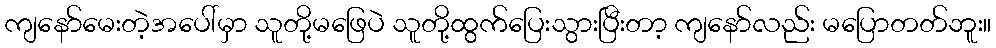
ကျနော်မေးတဲ့အပေါ်မှာ သူတို့မဖြေပဲ သူတို့ထွက်ပြေးသွားပြီးတာ့ ကျနော်လည်း မပြောတတ်ဘူး။